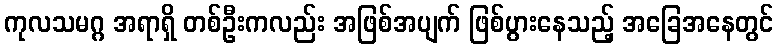
ကုလသမဂ္ဂ အရာရှိ တစ်ဦးကလည်း အဖြစ်အပျက် ဖြစ်ပွားနေသည့် အခြေအနေတွင်